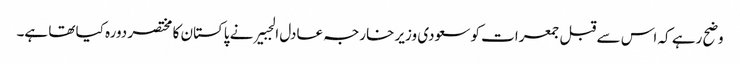
وضح رہے کہ اس سے قبل جمعرات کو سعودی وزیر خارجہ عادل الجبیر نے پاکستان کا مختصر دورہ کیا تھا ہے۔